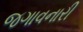
જગાવનારી